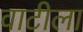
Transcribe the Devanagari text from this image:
वाटीला